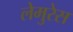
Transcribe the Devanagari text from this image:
लेमुरेस